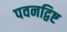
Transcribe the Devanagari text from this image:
पवनद्विष्ट